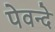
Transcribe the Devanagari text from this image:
पेवन्दे